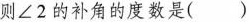
则∠2的补角的度数是()